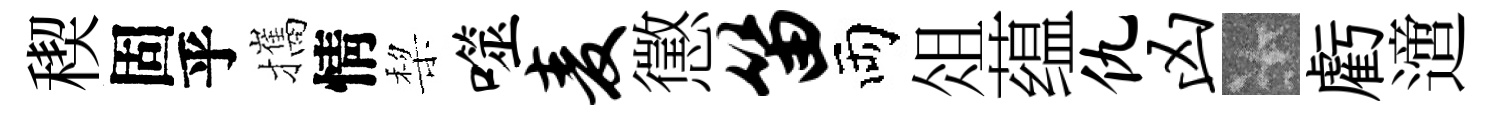
稧固乎攜情棃噬麦懲笛両俎蕴仇凶卡虧𨗁